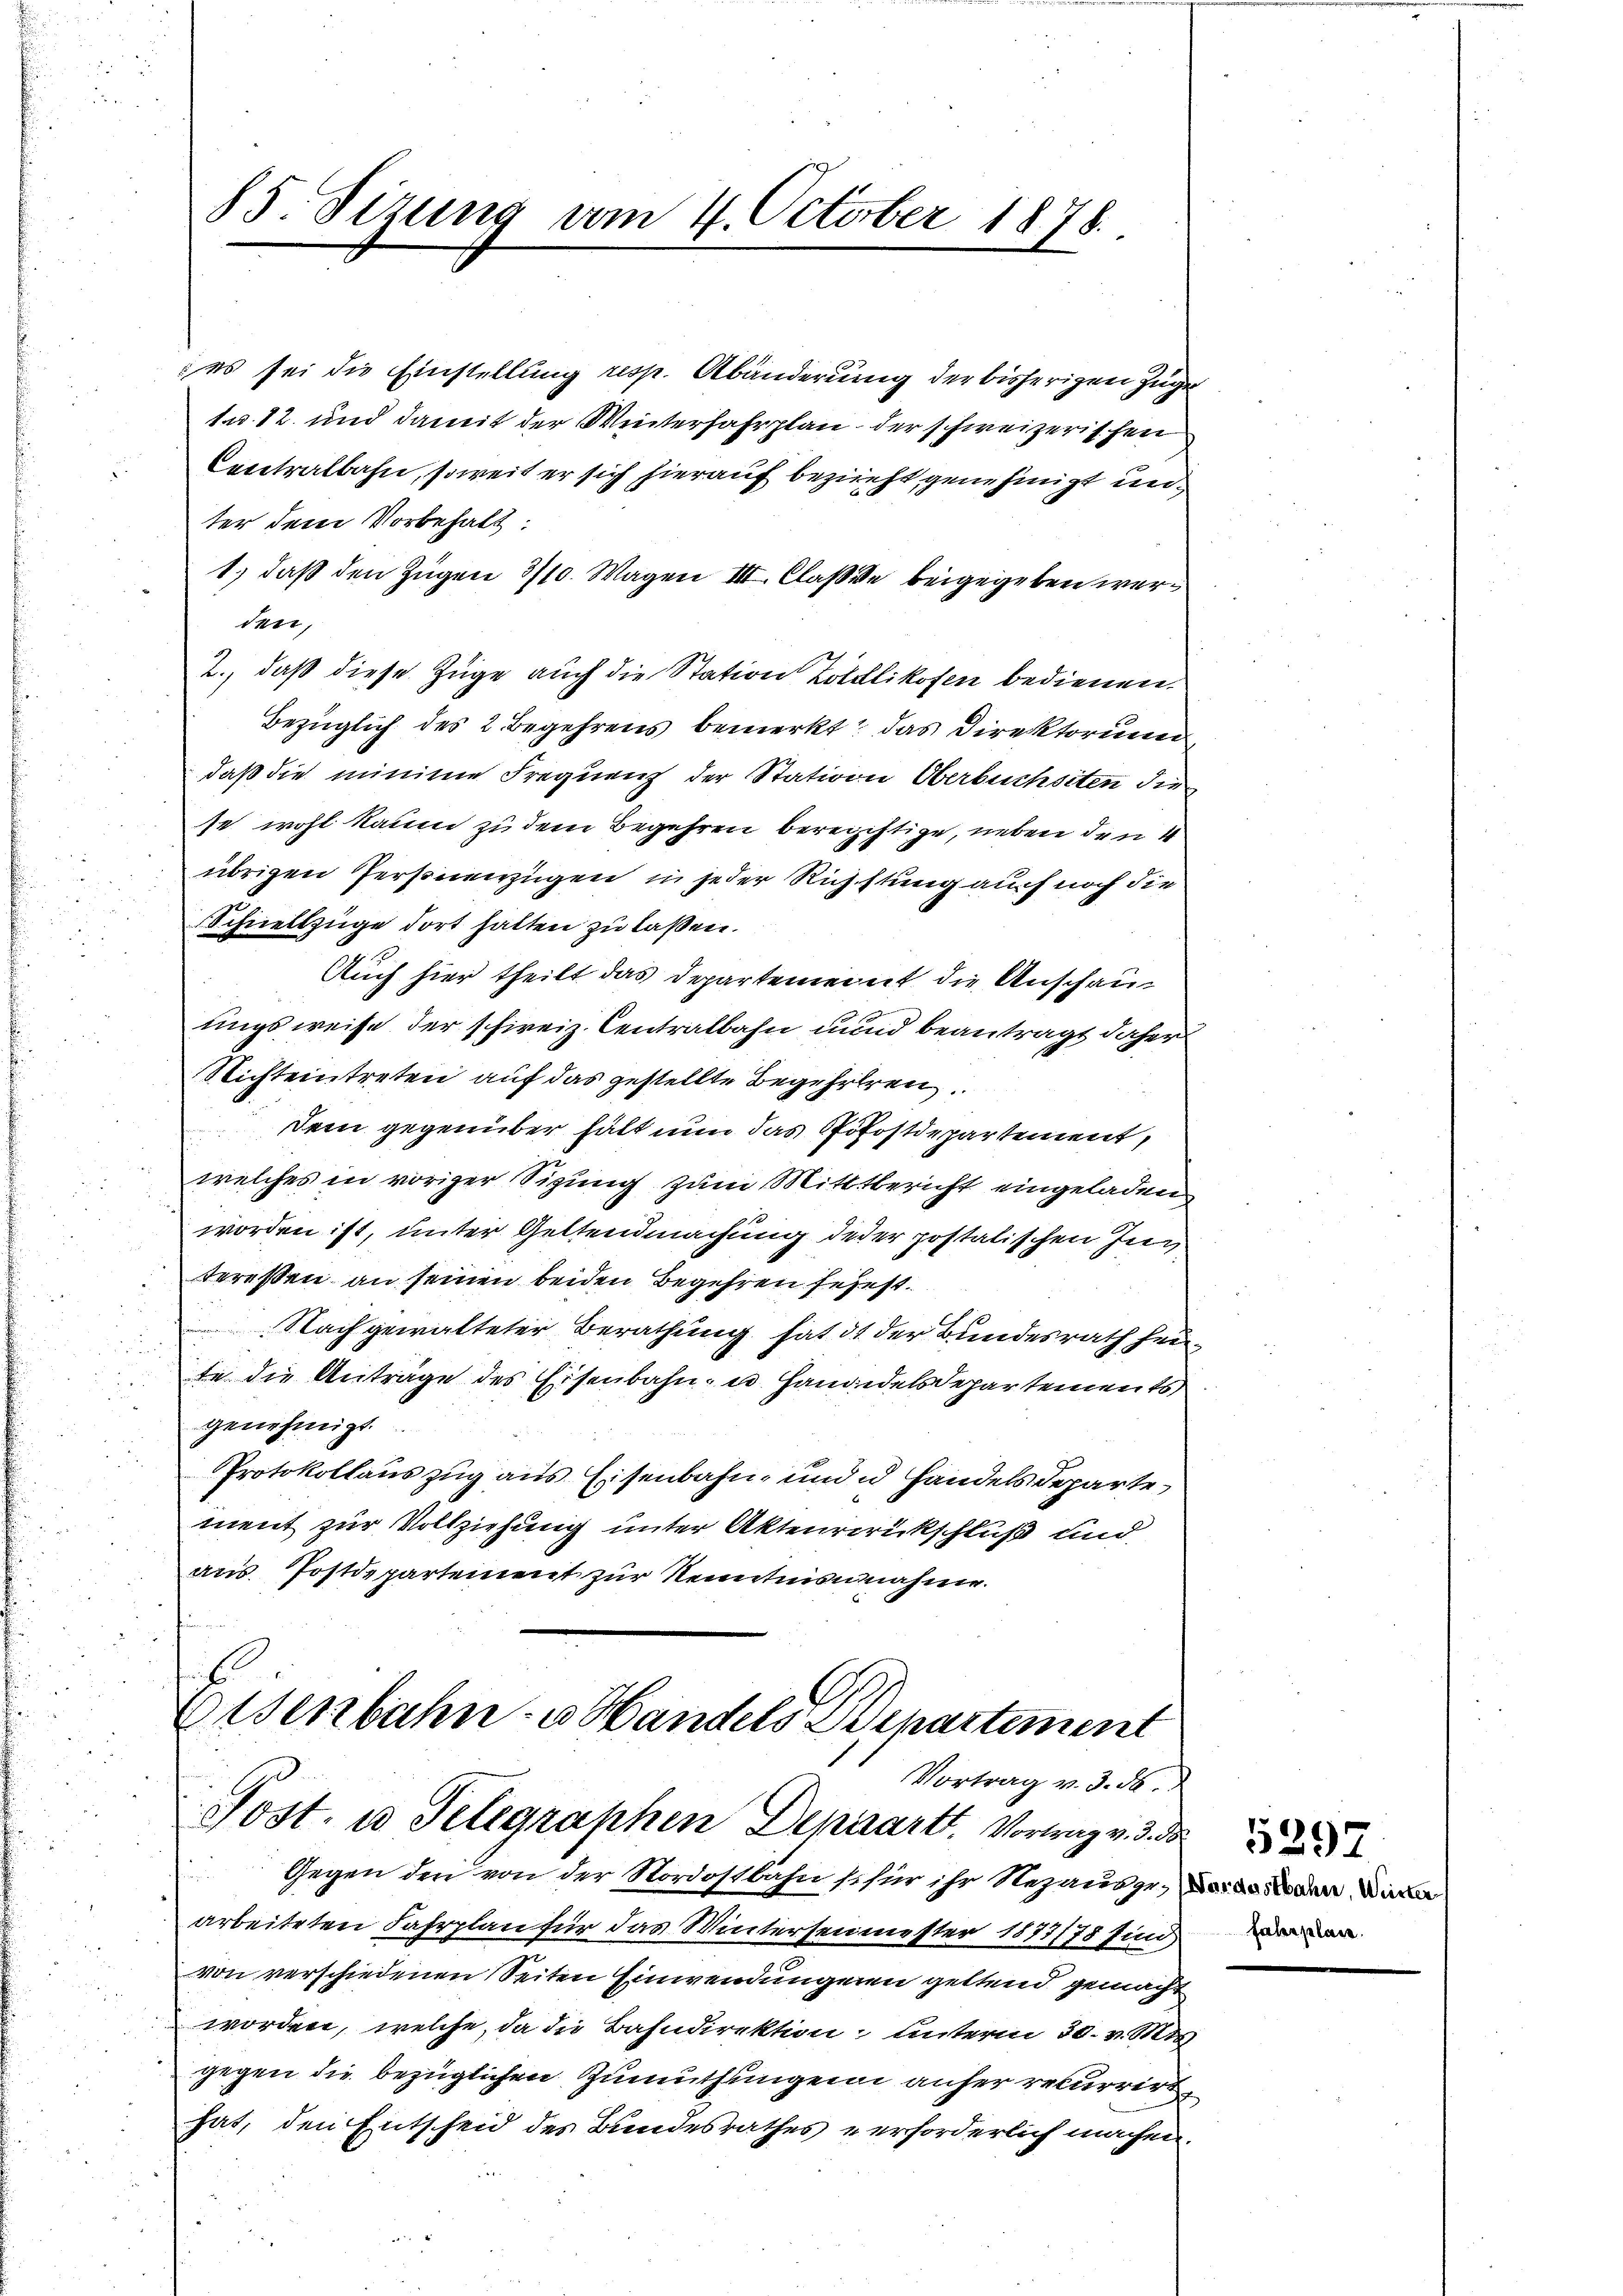
es sei die Einstellung resp. Abänderung der bisherigen Zuge
1. 12. und damit der Winterfahrplan der schweizerischen
Contralbahn, soweit er sich hierauf bezieht genehmigt unter dem Vorbehalt:
1.) daß den Zügen 3/10. Wagen III. Classe beigegeben werden,
2., daß diese Züge auch die Station Zollikofen bedienen.
Bezüglich des 2 Begehrens bemerkt, das Direktorium
daß die minime Frequenz der Station Oberbuchsten dies
se wohl kaum zu dem Begehren berechtige, neben den 4
übrigen Personenzügen in jeder Richstung auch noch die
Schnellzüge dort halten zu lassen.
Auch hier theilt das Departement die Anschauungsweise der schireiz. Centralbahn und beantragt daher
Nichteintreten auf das gestellte Begehreren.
Dem gegenüber hält nun das Pfostdepartement,
welches in voriger Sigung zum Mitttbericht eingeladen
worden ist, unter Geltendmachung deser postalischen Ing
tereßen an seinen beiden Begehren sehest
Nach gewalteter Berathung hat it der Bundesrath hei¬
u
te die Anträge des Eisenbahn- u. Handidelsdepartements
genehmigt.
Protokollauszug aus Eisenbahn- und u Handelsdeparte
ment zur Vollziehung unter Akteurerückschluß und
aus Postdepartement zur Kenntnisnahme.

85 Sizung vom 4. October 1878.

E
Eisenbahn- u Handels Departement
Vortrag v. 3. d.
Post. u Telegraphen Depaart. Vortrag v. 3. d
d
Gegen den von der Nordostbahn so für ihr Rezausgedes de oder Dir

arbeiteten Fahrplan für das Wintersemester 1877/78 sind
von verschiedenen Seiten Einwendungenen geltend gemacht
worden, welche, da die Bahndirektion unterm 30. v. Mts.
gegen die bezüglichen Zumuthungen anher rekurrirt
hat, den Entscheid des Bundesrathes verforderlich machen.